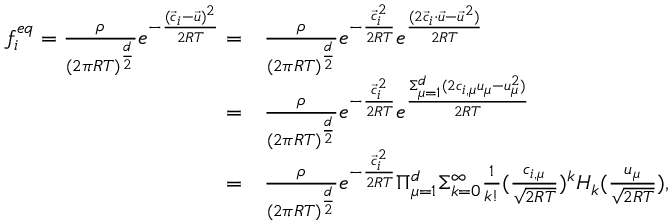
\begin{array} { r l } { f _ { i } ^ { e q } = \frac { \rho } { ( 2 \pi R T ) ^ { \frac { d } { 2 } } } e ^ { - \frac { ( \Vec { c } _ { i } - \Vec { u } ) ^ { 2 } } { 2 R T } } = } & { { } \frac { \rho } { ( 2 \pi R T ) ^ { \frac { d } { 2 } } } e ^ { - \frac { \Vec { c } _ { i } ^ { 2 } } { 2 R T } } e ^ { \frac { ( 2 \Vec { c } _ { i } \cdot \Vec { u } - \Vec { u } ^ { 2 } ) } { 2 R T } } } \\ { = } & { { } \frac { \rho } { ( 2 \pi R T ) ^ { \frac { d } { 2 } } } e ^ { - \frac { \Vec { c } _ { i } ^ { 2 } } { 2 R T } } e ^ { \frac { \Sigma _ { \mu = 1 } ^ { d } ( 2 c _ { i , \mu } u _ { \mu } - { u } _ { \mu } ^ { 2 } ) } { 2 R T } } } \\ { = } & { { } \frac { \rho } { ( 2 \pi R T ) ^ { \frac { d } { 2 } } } e ^ { - \frac { \Vec { c } _ { i } ^ { 2 } } { 2 R T } } \Pi _ { \mu = 1 } ^ { d } \Sigma _ { k = 0 } ^ { \infty } \frac { 1 } { k ! } ( \frac { c _ { i , \mu } } { \sqrt { 2 R T } } ) ^ { k } H _ { k } ( \frac { u _ { \mu } } { \sqrt { 2 R T } } ) , } \end{array}